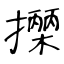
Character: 𢷡